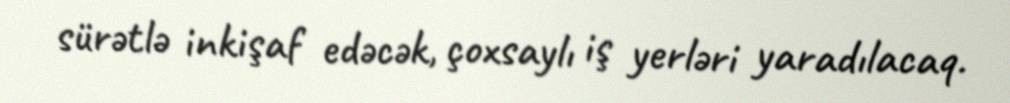
sürətlə inkişaf edəcək, çoxsaylı iş yerləri yaradılacaq.